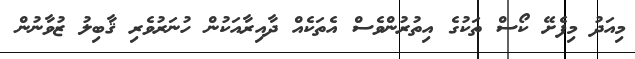
މިއަދު މިފެށޭ ކޯސް ތަކުގެ އިތުރުންވެސް އެތަކެއް ދާއިރާއަކުން ހުނަރުވެރި ޤާބިލު ޒުވާނުން